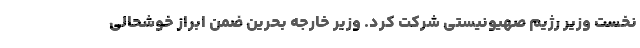
نخست وزیر رژیم صهیونیستی شرکت کرد. وزیر خارجه بحرین ضمن ابراز خوشحالی